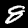
Digit: 8